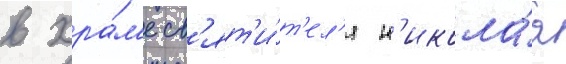
в хра́м'е св'ят'и́т'ел'я н'икола́я